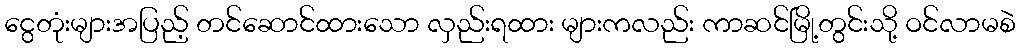
ငွေတုံးများအပြည့် တင်ဆောင်ထားသော လှည်းရထား များကလည်း ကာဆင်မြို့တွင်းသို့ ဝင်လာမစဲ